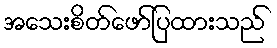
အသေးစိတ်ဖော်ပြထားသည်